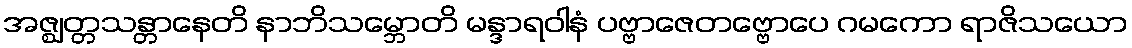
အဇ္ဈတ္တသန္တာနေတိ နာဘိသမ္ဘောတိ မန္ဒာရဝါနံ ပဗ္ဗာဇေတဗ္ဗောပေ ဂမကော ရာဇိသယော